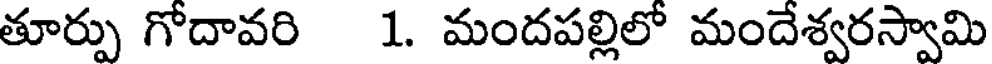
తూర్పు గోదావరి 1. మందపల్లిలో మందేశ్వరస్వామి